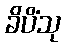
ခိပိံသု